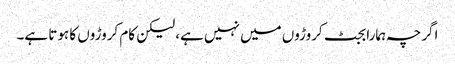
اگرچہ ہمارا بجٹ کروڑوں میں نہیں ہے، لیکن کام کروڑوں کا ہوتا ہے۔